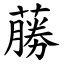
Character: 蕂